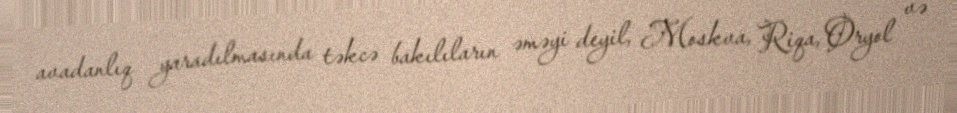
avadanlıq yaradılmasında təkcə bakılıların əməyi deyil, Moskva, Riqa, Oryol və